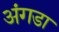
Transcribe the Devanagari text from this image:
अंगडा